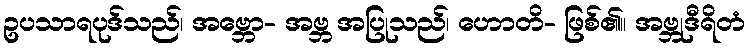
ဥပသာရပုဒ်သည်၊ အဗ္ဘော- အဗ္ဘ အပြုသည်၊ ဟောတိ- ဖြစ်၏။ အဗ္ဘုဒီရိတံ